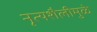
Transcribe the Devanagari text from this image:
नृत्यशैलीमुळे